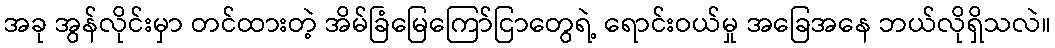
အခု အွန်လိုင်းမှာ တင်ထားတဲ့ အိမ်ခြံမြေကြော်ငြာတွေရဲ့ ရောင်းဝယ်မှု အခြေအနေ ဘယ်လိုရှိသလဲ။